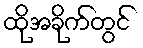
ထိုအခိုက်တွင်